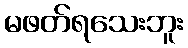
မဖတ်ရသေးဘူး